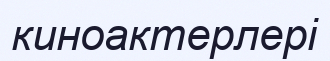
киноактерлері